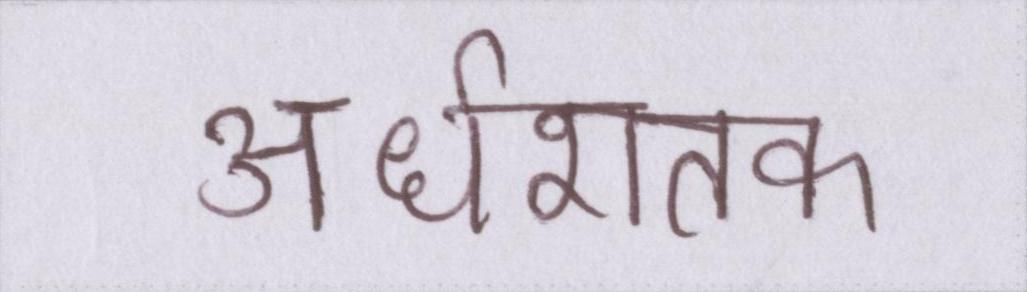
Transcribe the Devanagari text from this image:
अर्धशतक